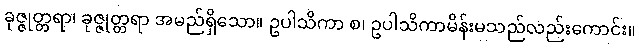
ခုဇ္ဇုတ္တရာ၊ ခုဇ္ဇုတ္တရာ အမည်ရှိသော။ ဥပါသိကာ စ၊ ဥပါသိကာမိန်းမသည်လည်းကောင်း။